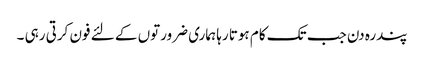
پندرہ دن جب تک کام ہوتا رہا ہماری ضرورتوں کے لئے فون کرتی رہی ۔